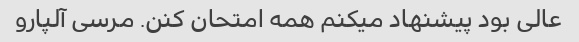
عالی بود پیشنهاد میکنم همه امتحان کنن. مرسی آلپارو